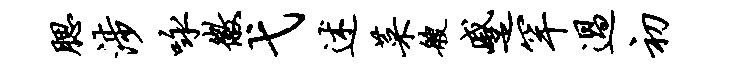
腮涉咏徽弋述菜艘蹙罕过初